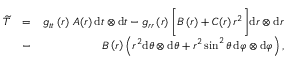
\begin{array} { r l r } { \widetilde { T } } & { = } & { g _ { t t } \left( r \right) \, A ( r ) \, \mathrm { d } t \otimes \mathrm { d } t - g _ { r r } \left( r \right) \bigg [ B \left( r \right) + C ( r ) \, r ^ { 2 } \bigg ] \mathrm { d } r \otimes \mathrm { d } r } \\ & { - } & { \, B \left( r \right) \left( r ^ { 2 } \mathrm { d } \theta \otimes \mathrm { d } \theta + r ^ { 2 } \sin ^ { 2 } \theta \, \mathrm { d } \varphi \otimes \mathrm { d } \varphi \right) , } \end{array}